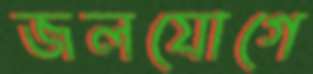
জলযোগে